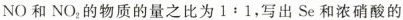
NO和NO2的物质的量之比为1﹔1，写出Se和浓硝酸的